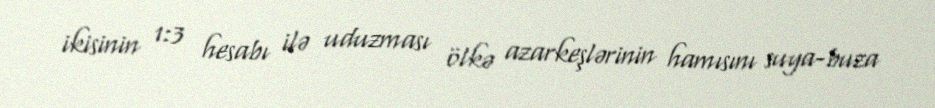
ikisinin 1:3 hesabı ilə uduzması ölkə azarkeşlərinin hamısını suya-buza